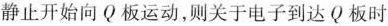
静止开始向Q板运动，则关于电子到达Q板时